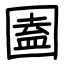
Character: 圔